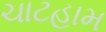
ચાટહામ